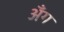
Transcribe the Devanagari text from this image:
अँग